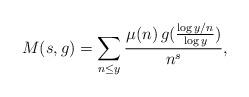
LaTeX: \begin{align*}M(s,g)=\sum_{n\leq y}\frac{\mu(n) \, g(\frac{\log y/n}{\log y})}{n^s},\end{align*}